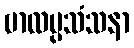
ဗာလပ္ပသံသနာ